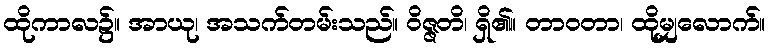
ထိုကာလ၌။ အာယု၊ အသက်တမ်းသည်။ ဝိဇ္ဇတိ၊ ရှိ၏။ တာဝတာ၊ ထိုမျှလောက်။